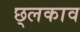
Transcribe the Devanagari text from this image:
छ्लकाव